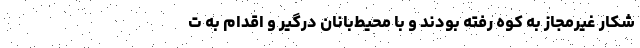
شکار غیرمجاز به کوه رفته بودند و با محیط‌بانان درگیر و اقدام به ت